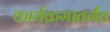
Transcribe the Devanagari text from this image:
कार्यक्रमातर्गंत